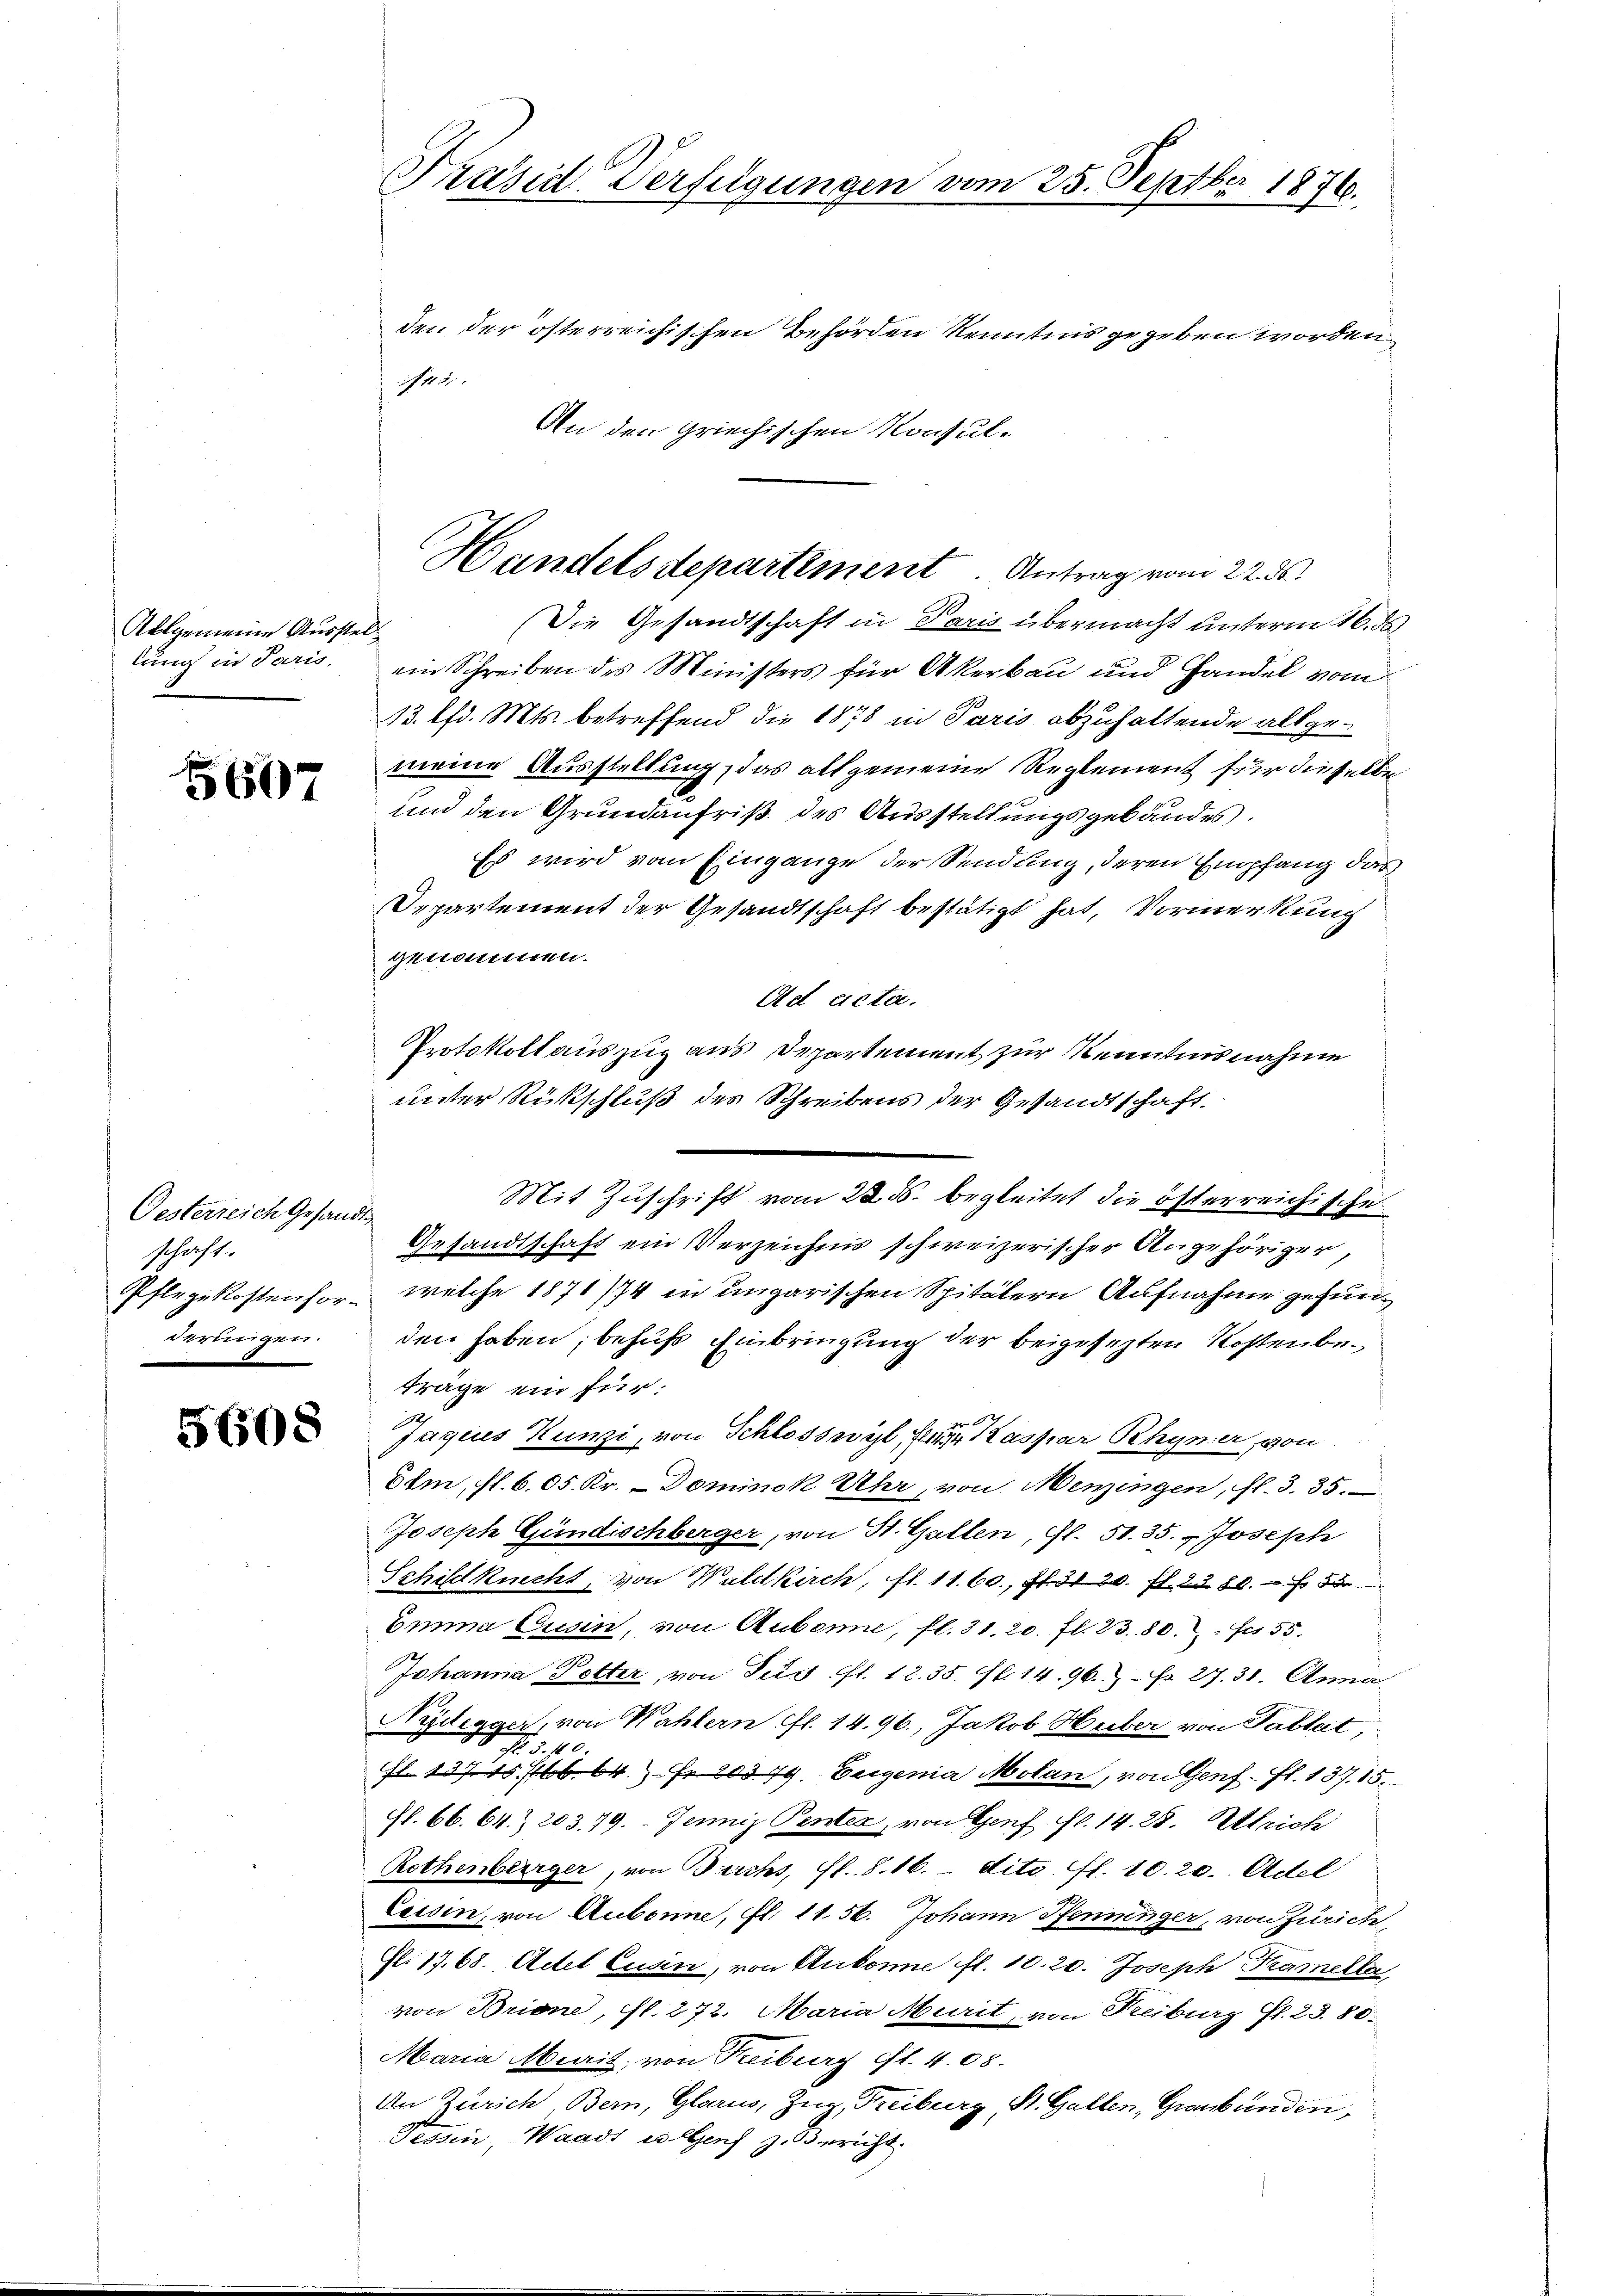
Allgemeine Ausste
lung in Paris.

5607

Gesterreich Gesandtschaft.
derungen.

5608

Präsid. Verfügungen von
den der österreichischen Behörden Kenntnis gegeben worden,
N 121.

An den Griechischen Konsul-
Die Gesandtschaft in Paris übermacht unterm 16. de
ach
ein Schreiben des Ministers für Akerbau und Handel vom
13. lfd. Mts. betreffend die 1878 in Paris abzuhaltende allgemeine Ausstellung, das allgemeine Reglement für dieselbe
und den Grundaufriß des Ausstellungsgebäudes.
Es wird vom Eingange der Sendung, deren Empfang das
Departement der Gesandtschaft bestätigt hat, Vormerkung
genommen.
Ad cictie.
Protokollauszug aus Departement zur Kenntnisnahme
unter Rückschluß des Schreibens der Gesandtschaft
Mit Zuschrift vom 22. ds. begleitet die österreichische
Gesandtschaft ein Verzeichni schweizerischer Angehöriger,
Pflegekostenhor welche 1871/74 in ungarischen Spitälern Aufnahme gefunden haben; behufs Einbringung der beigesetzten Kosten beträge ein für:
Jagues Kunzi, von Schlosswyl, geraspar Rhyner, von
dem, fl. 605. Kr. - Dominok Uhr, von Menzingen, fl. 3. 35.
Joseph Gündischberger, von St. Gallen, Gl. 51. 35.  Joseph
Schildknecht, von Waldkirch, fl. 11. 60., S. 31 20. fl. 2380. Fr. 55
Emma Cusin, von Aubanne, fl. 31. 20. fl. 23. 80. bis 55
Johanna Potter, von Pud. fl. 12. 35. fl. 14. 96. No. 27. 31. Anna
Nedegger, von Wahlern fl. 14. 96., Jakob Huber von Pallat,
No. 5. 10.
l. 13715, 166. 64.  Fr. 20379. Eugenia Molan, von Genf fl. 137. 15.
Gl. 66. 64. 203. 79. Jenniz Penter, von Genf. No. 14. 28. Ulrich
Rothenberger, von Buchs, fl. 8. 16. dito. fl. 10. 20. Adel
Cessin, von Aubonne, fl. 11. 56. Johann Pfenninger, von Zürich,
fl. 1768. Actel Cusin, von Ankone fl. 10. 20. Joseph Kameller
von Brione, fl. 272. Maria Murit, von Freiburg fl. 23. 80.
Maria Miait, von Freiburg cfl. 408.
An Zürich Bern, Glarus, Zug, Freiburg, St. Gallen, Graubünden,
Tessin, Waadt es Genf z. Bericht.

Handelsdepartement. Antrag vom 22. ds.

25. Septber 1876.